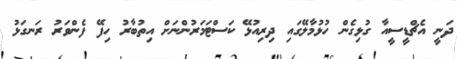
ދަނީ އެޗްޑީސީއާ ގުޅިގެން ހުޅުމާލޭގައި ދިރިއުޅޭ ކަސްޓަމަރުންނަށް އިތުބާރު ހިފޭ ފެންވަރު ރަނގަޅު